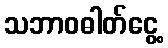
သဘာဝဓါတ်ငွေ့